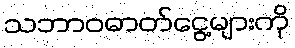
သဘာဝဓာတ်ငွေ့များကို